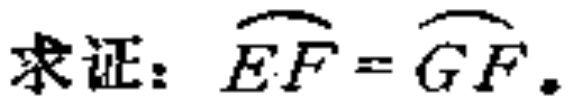
求证：\(\overset{\frown}{EF} = \overset{\frown}{GF}\)。